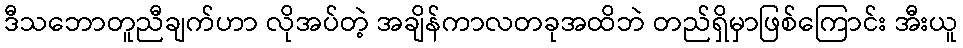
ဒီသဘောတူညီချက်ဟာ လိုအပ်တဲ့ အချိန်ကာလတခုအထိဘဲ တည်ရှိမှာဖြစ်ကြောင်း အီးယူ